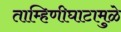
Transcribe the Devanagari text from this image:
ताम्हिणीघाटामुळे